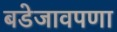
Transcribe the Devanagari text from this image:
बडेजावपणा